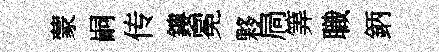
蒙嗣传鏤冕夥扃筭職鈵